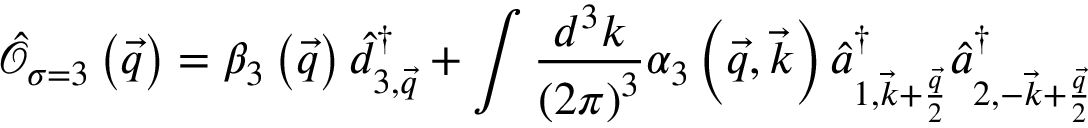
\hat { \mathcal { O } } _ { \sigma = 3 } \left( \vec { q } \right) = \beta _ { 3 } \left( \vec { q } \right) \hat { d } _ { 3 , \vec { q } } ^ { \dagger } + \int \frac { d ^ { 3 } k } { \left( 2 \pi \right) ^ { 3 } } \alpha _ { 3 } \left( \vec { q } , \vec { k } \right) \hat { a } _ { 1 , \vec { k } + \frac { \vec { q } } { 2 } } ^ { \dagger } \hat { a } _ { 2 , - \vec { k } + \frac { \vec { q } } { 2 } } ^ { \dagger }